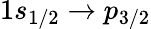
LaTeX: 1s_{1/2}\rightarrow p_{3/2}